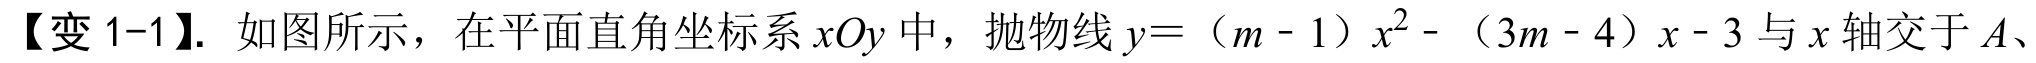
【变 1-1】. 如图所示，在平面直角坐标系\(xOy\)中，抛物线\(y=(m - 1)x^{2}-(3m - 4)x - 3\)与\(x\)轴交于\(A\)、